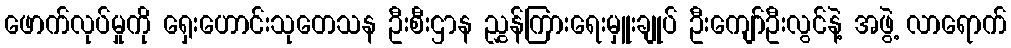
ဖောက်လုပ်မှုကို ရှေးဟောင်းသုတေသန ဦးစီးဌာန ညွှန်ကြားရေးမှူးချုပ် ဦးကျော်ဦးလွင်နဲ့ အဖွဲ့ လာရောက်